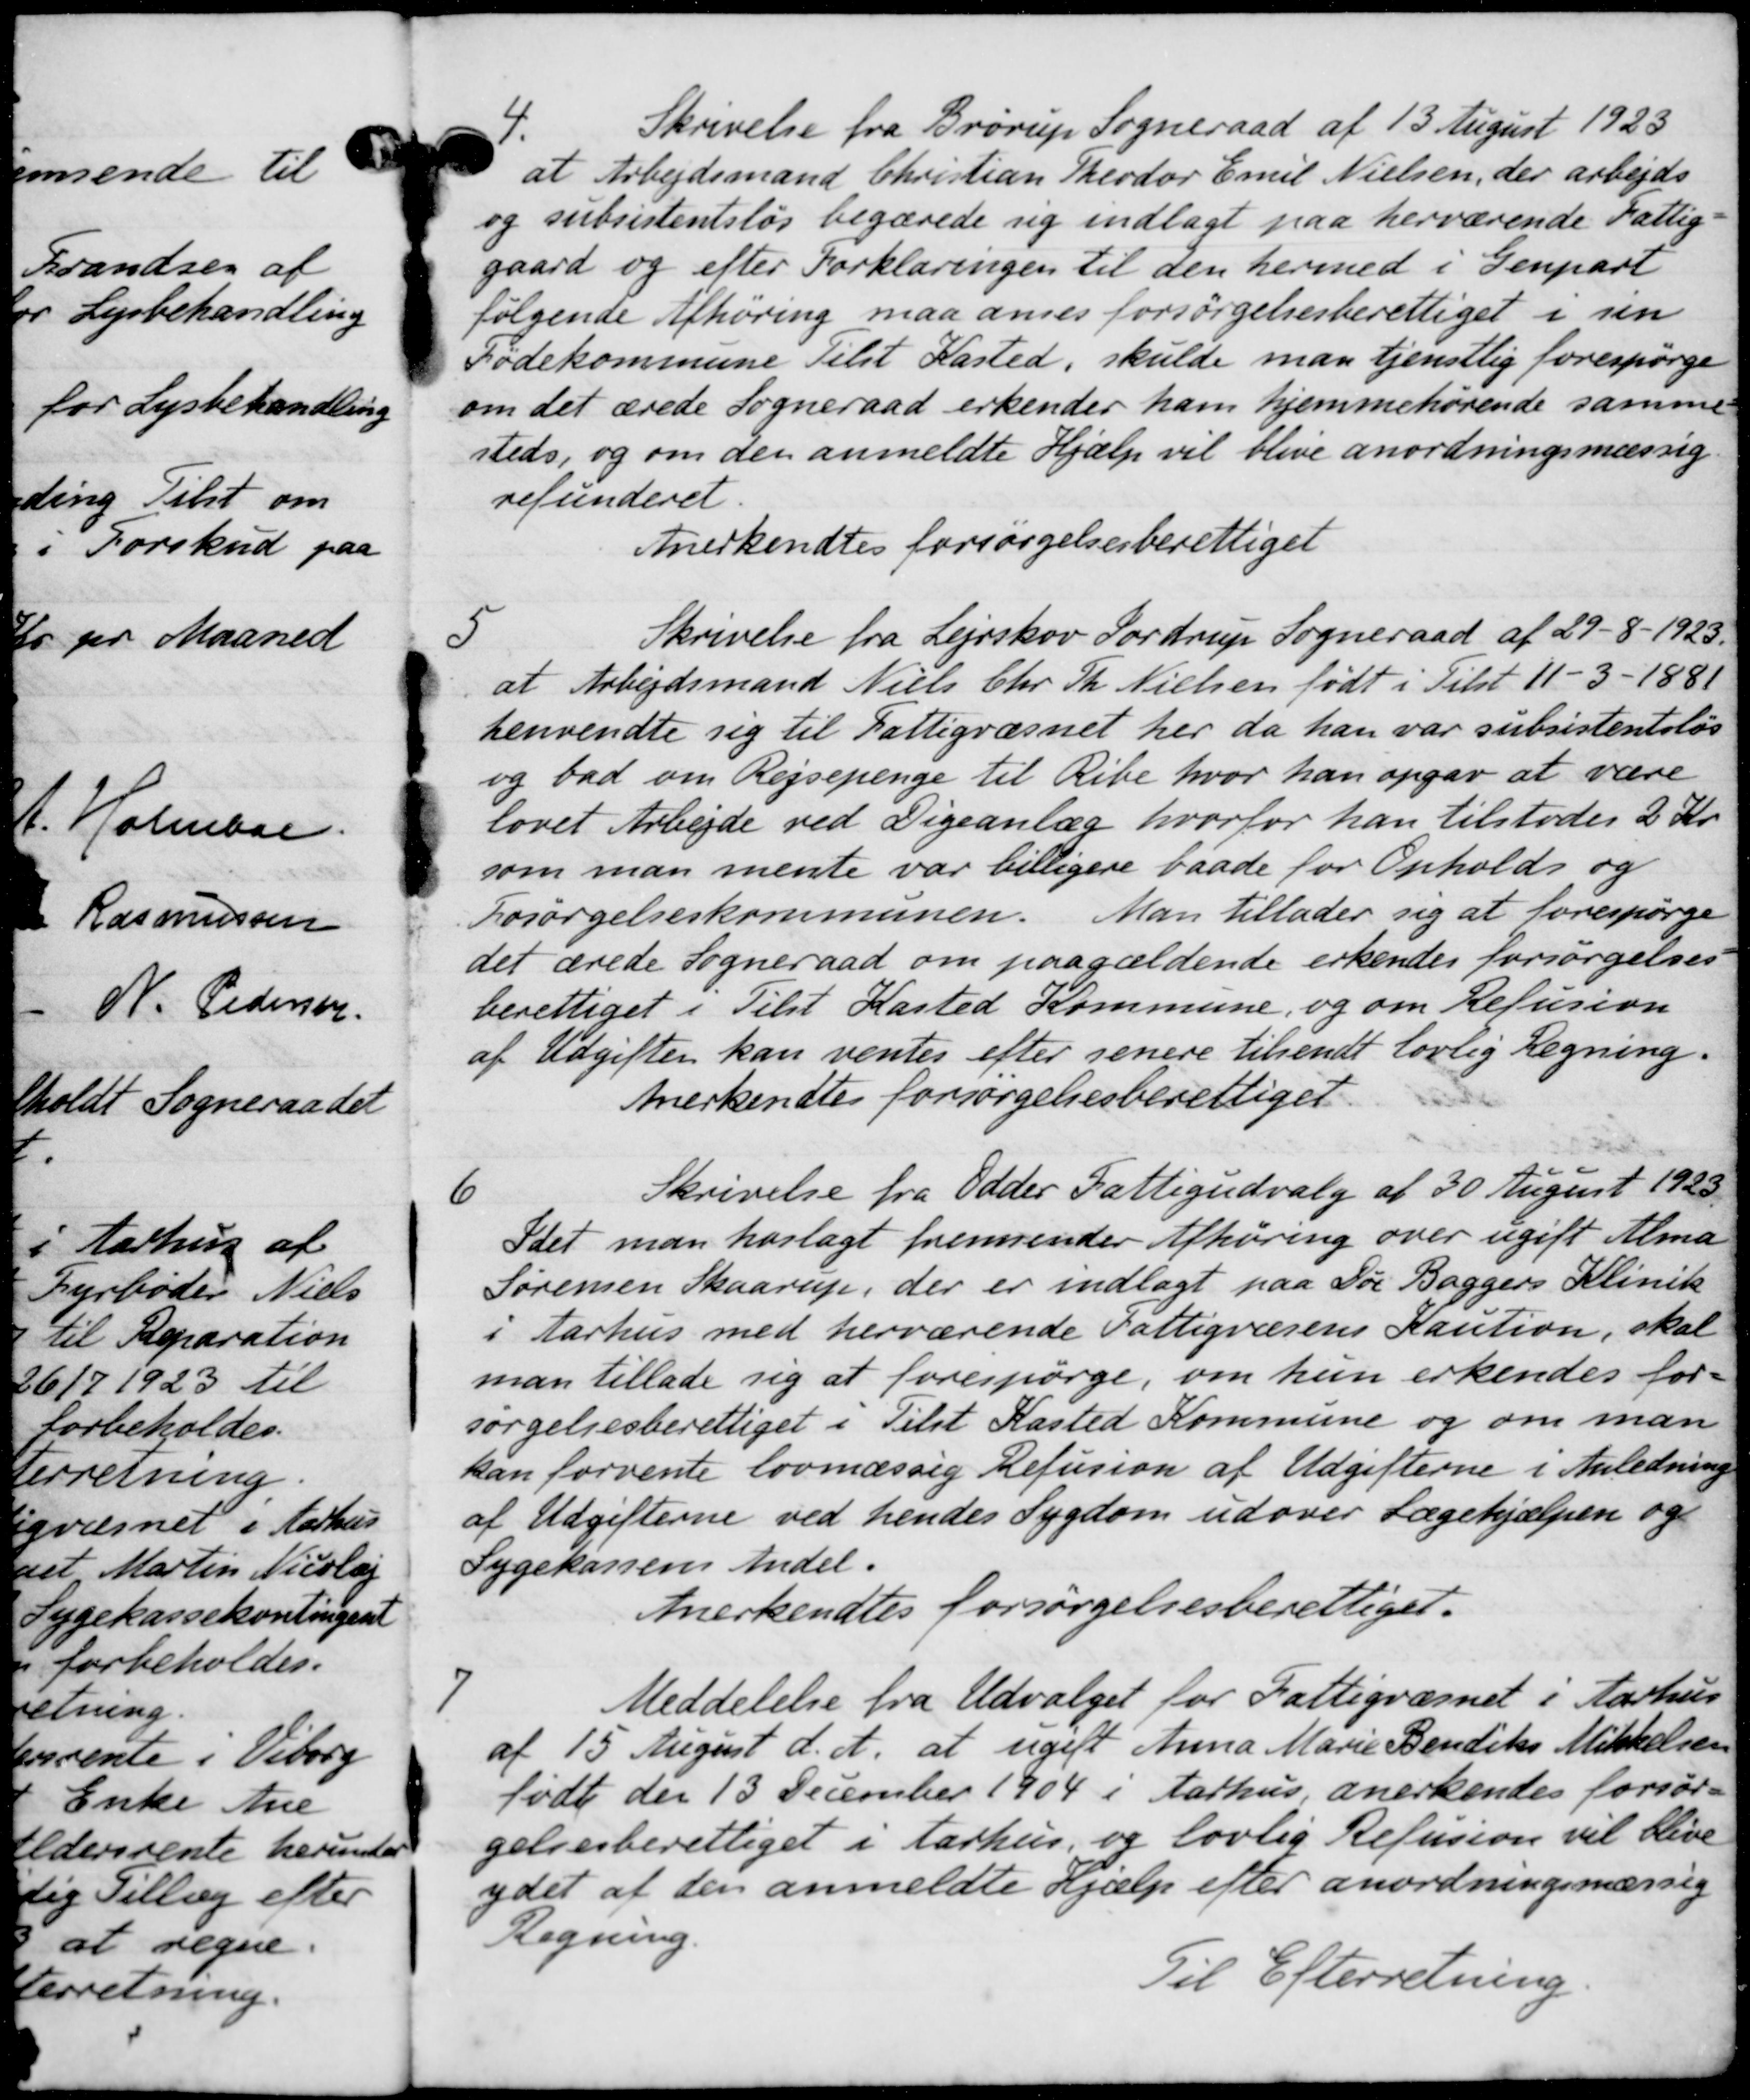
Transskription:
4.
Skrivelse fra Brørup Sogneraad af 13 August 1923
at Arbejdsmand Christian Theodor Emil Nielsen, der arbejds
og subsistentsløs begærede sig indlagt paa herværende Fattig
gaard og efter Forklaringen til den hermed i Genpart
følgende Afhøring maa anses forsørgelsesberettiget i sin
Fødekommune Tilst Kasted, skulde man tjenstlig forespørge
om det ærede Sogneraad erkender ham hjemmehørende samme
steds, og om der anmeldte Hjælp vil blive anordningsmæssig
refunderet.
Anerkendtes forsørgelsesberettiget
5
Skrivelse fra Lejrskov Tordrup Sogneraad af 29 - 8 - 1923.
at Arbejdsmand Niels Chr. Th. Nielsen født i Tilst 11 - 3 -1881
henvendte sig til Fattigvæsnet her da han var subsistentsløs
og bad om Rejsepenge til Ribe hvor han opgav at være
lovet Arbejde ved Digeanlæg, hvorfor han tilstodes 2 Kr.
som man mente var billigere baade for Opholds og
Fosørgelseskommunen. Man tillader sig at forespørge
det ærede Sogneraad om paagældende erkendes forsørgelses
berettiget i Tilst Kasted Kommune, og om Refusion
af Udgiften kan ventes efter senere tilsendt lovlig Regning.
Anerkendtes forsørgelsesberettiget.
6
Skrivelse fra Odder Fattigudvalg af 30 August 1923
Idet man hoslagt fremsender Afhøring over ugift Alma
Sørensen Skaarup, der er indlagt paa Dør Baggers Klinik
i Aarhus med herværende Fattigvæsens Kaution, skal
man tillade sig at forespørge, om hun erkendes for-
sørgelsesberettiget i Tilst Kasted Kommune og om man
kan forvente lovmæssig Refusion af Udgifterne i Anledning
af Udgifterne ved hendes Sygdom udover Lægehjælpen og
Sygekassens Andel.
Anerkendtes forsørgelsesberettiget.
7.
Meddelelse fra Udvalget for Fattigvæsnet i Aarhus
af 15 August d. A. at ugift Anna Marie Bendiks Mikkelsen
født den 13 December 1904 i Aarhus, anerkendes forsør-
gelsesberettiget i Aarhus, og lovlig Refusion vil blive
ydet af den anmeldte Hjælp efter anordningsmæssig
Regning.
Til Efterretning